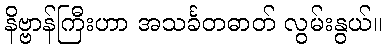
နိဗ္ဗာန်ကြီးဟာ အသင်္ခတဓာတ် လွမ်းနွယ်။